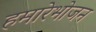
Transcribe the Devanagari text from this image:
हमारेभोजन